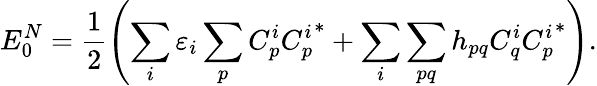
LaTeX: E_{0}^{N}=\frac{1}{2}\left(\sum_{i}\varepsilon_{i}\sum_{p}C_{p}^{i}{C_{p}^{i}}^{*}+\sum_{i}\sum_{pq}h_{pq}C_{q}^{i}{C_{p}^{i}}^{*}\right).